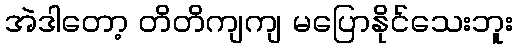
အဲဒါတော့ တိတိကျကျ မပြောနိုင်သေးဘူး